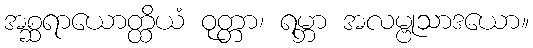
အစ္ဆရာယောတ္ထိယံ ဝုတ္တာ၊ ရမ္ဘာ အလမ္ဗုသာဒယော။